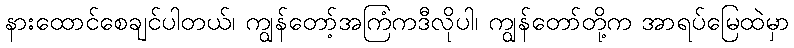
နားထောင်စေချင်ပါတယ်၊ ကျွန်တော့်အကြံကဒီလိုပါ၊ ကျွန်တော်တို့က အာရပ်မြေထဲမှာ